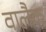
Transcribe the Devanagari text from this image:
वालैक